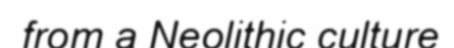
from a Neolithic culture